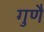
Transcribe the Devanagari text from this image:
गुणै